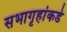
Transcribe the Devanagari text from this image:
सभागृहांकडे